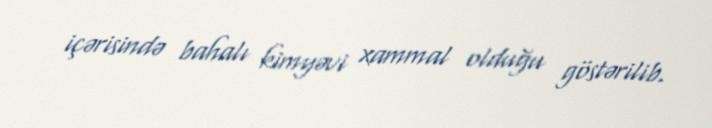
içərisində bahalı kimyəvi xammal olduğu göstərilib.